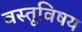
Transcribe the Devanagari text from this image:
वस्तूविषय